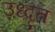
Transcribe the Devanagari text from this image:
उध्दृत